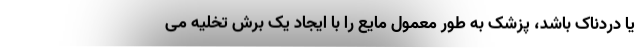
یا دردناک باشد، پزشک به طور معمول مایع را با ایجاد یک برش تخلیه می